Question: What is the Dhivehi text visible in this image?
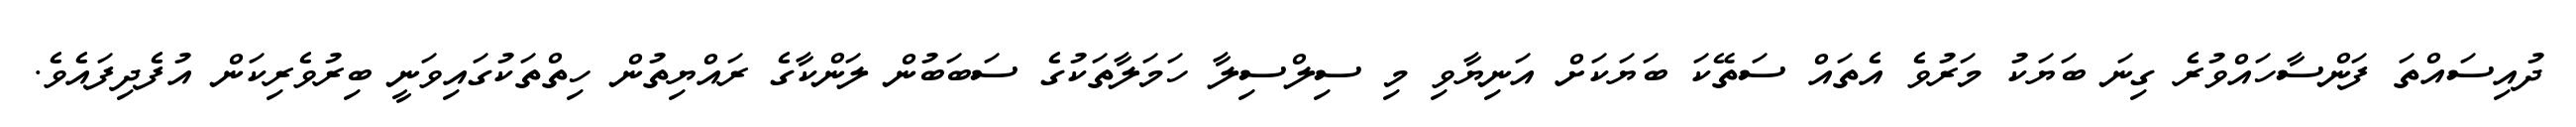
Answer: ދުއިސައްތަ ފަންސާހައްވުރެ ގިނަ ބަޔަކު މަރުވެ އެތައް ސަތޭކަ ބަޔަކަށް އަނިޔާވި މި ސިލްސިލާ ހަމަލާތަކުގެ ސަބަބުން ލަންކާގެ ރައްޔިތުން ހިތްތަކުގައިވަނީ ބިރުވެރިކަން އުފެދިފައެވެ.